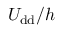
U _ { \mathrm { { d d } } } / h